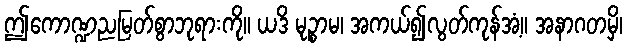
ဤကောဏ္ဍညမြတ်စွာဘုရားကို။ ယဒိ မုဉ္စာမ၊ အကယ်၍လွတ်ကုန်အံ့။ အနာဂတမှိ၊